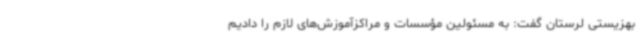
بهزیستی لرستان گفت: به مسئولین مؤسسات و مراکزآموزش‌های لازم را دادیم